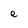
Character: e